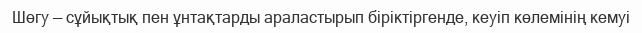
Шөгу — сұйықтық пен ұнтақтарды араластырып біріктіргенде, кеуіп көлемінің кемуі